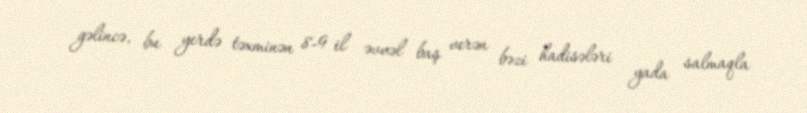
gəlincə, bu yerdə təxminən 8-9 il əvvəl baş verən bəzi hadisələri yada salmaqla